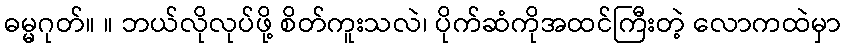
ဓမ္မဂုတ်။ ။ ဘယ်လိုလုပ်ဖို့ စိတ်ကူးသလဲ၊ ပိုက်ဆံကိုအထင်ကြီးတဲ့ လောကထဲမှာ